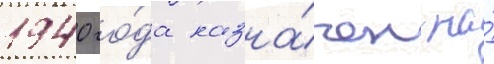
1940 го́да назна́чен на́